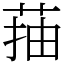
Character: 菗